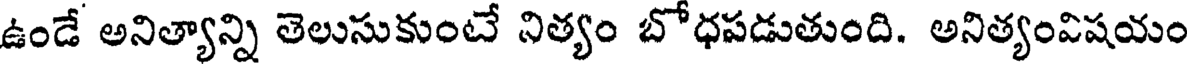
ఉండే అనిత్యాన్ని తెలుసుకుంటే నిత్యం బోధపడుతుంది. అనిత్యంవిషయం